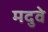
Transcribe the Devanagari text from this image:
मदुवे